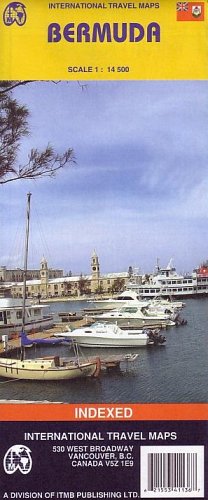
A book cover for Bermuda 1:14,500 Travel Map (International Travel Maps); ITM Canada; Travel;